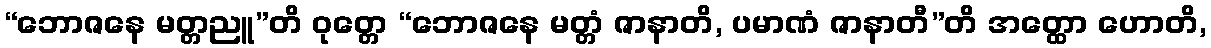
“ဘောဇနေ မတ္တညူ”တိ ဝုတ္တေ “ဘောဇနေ မတ္တံ ဇာနာတိ, ပမာဏံ ဇာနာတီ”တိ အတ္ထော ဟောတိ,